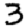
Digit: 3